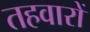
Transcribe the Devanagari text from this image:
तहवारों